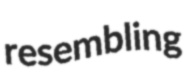
resembling